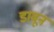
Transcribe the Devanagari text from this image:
डावून